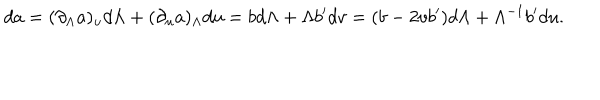
LaTeX: d a = ( \partial _ { \Lambda } a ) _ { u } d \Lambda + ( \partial _ { u } a ) _ { \Lambda } d u = b d \Lambda + \Lambda b ^ { \prime } d v = ( b - 2 v b ^ { \prime } ) d \Lambda + \Lambda ^ { - 1 } b ^ { \prime } d u .